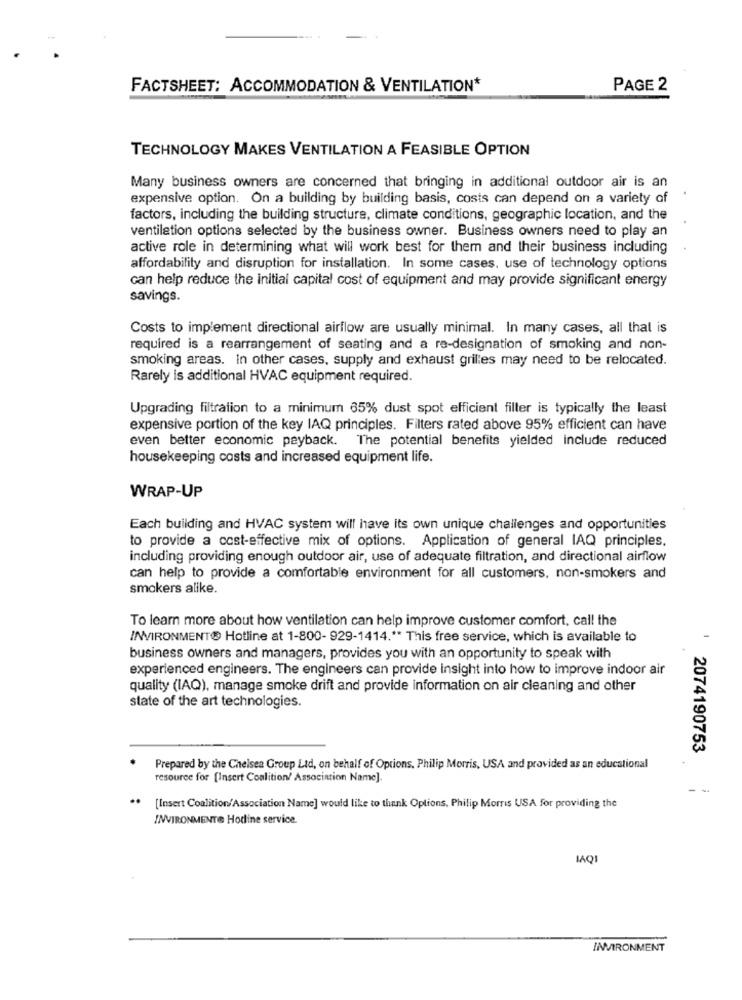
FACTSHEET: ACCOMMODATION & VENTILATION*
PAGE 2
TECHNOLOGY MAKES VENTILATION A FEASIBLE OPTION
Many business owners are concerned that bringing in additional outdoor air is an
expensive option. On a building by building basis, costs can depend on a variety of
factors, including the building structure, climate conditions, geographic location, and the
ventilation options selected by the business owner. Business owners need to play an
active role in determining what will work best for them and their business including
affordability and disruption for installation. In some cases, use of technology options
can help reduce the initial capital cost of equipment and may provide significant energy
savings.
Costs to implement directional airflow are usually minimal. In many cases, all that is
required is a rearrangement of seating and a re-designation of smoking and non-
smoking areas. in other cases, supply and exhaust grilles may need to be relocated.
Rarely is additional HVAC equipment required.
Upgrading filtration to a minimum 65% dust spot efficient filter is typically the least
expensive portion of the key IAQ principles. Filters rated above 95% efficient can have
even better economic payback. The potential benefits yielded include reduced
housekeeping costs and increased equipment life.
WRAP-UP
Each building and HVAC system will have its own unique challenges and opportunities
to provide a cost-effective mix of options. Application of general IAQ principles.
including providing enough outdoor air, use of adequate filtration, and directional airflow
can help to provide a comfortable environment for all customers, non-smokers and
smokers alike.
To learn more about how ventilation can help improve customer comfort, call the
W/WIRONMENT@ Hotline at 1-800- 929-1414 .** This free service, which is available to
business owners and managers, provides you with an opportunity to speak with
experienced engineers. The engineers can provide insight into how to improve indoor air
quality (IAQ), manage smoke drift and provide information on air cleaning and other
state of the art technologies.
2074190753
Prepared by the Chelsea Group Ltd, on behalf of Options. Philip Morris, USA and provided as an educational
resource for [Insert Coalition/ Association Name].
..
[Insert Coalition/Association Name] would like to thank Options, Philip Morris USA for providing the
INVIRONMENT@ Hodine service.
MAQI
INVIRONMENT